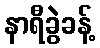
နာရီခွဲခန့်